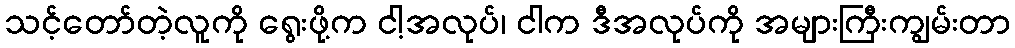
သင့်တော်တဲ့လူကို ရွေးဖို့က ငါ့အလုပ်၊ ငါက ဒီအလုပ်ကို အများကြီးကျွမ်းတာ